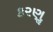
કરણૢ